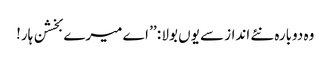
وہ دوبارہ نئے انداز سے یوں بولا : ’’ اے میرے بخشن ہار!